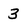
Character: 3